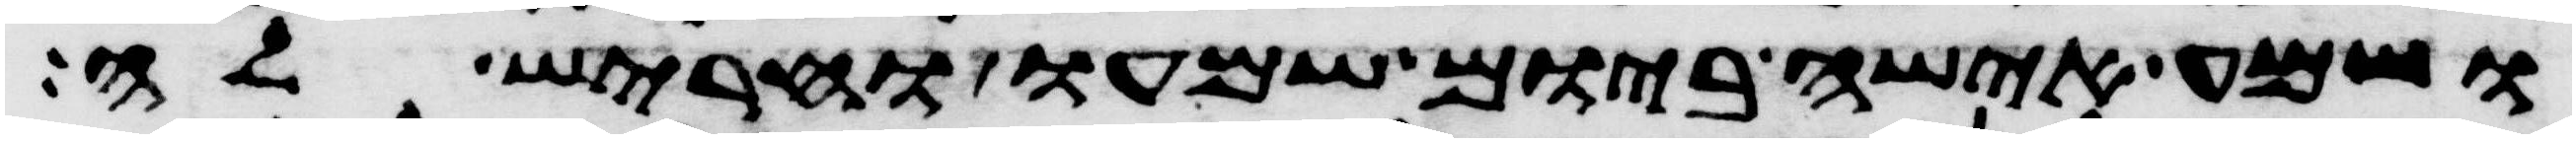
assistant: ושמע אישה ביום שמעו וחריש לה